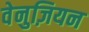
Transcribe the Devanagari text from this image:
वेनुज़ियन